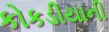
કોકડીયાની